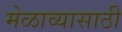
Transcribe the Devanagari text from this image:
मेळाव्यासाठी